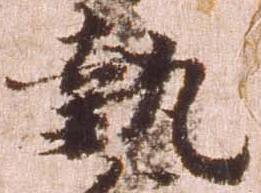
執